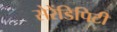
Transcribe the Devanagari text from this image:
सेरेंडिपिटी